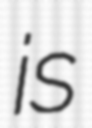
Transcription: is